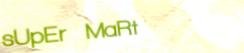
sUpEr MaRt